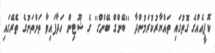
ކޮޕީއެއްގެ ގޮތުގައި ތައްޔާރުކުރަމުންދާ ''ބޭންގް ބޭންގް'' ގެ ޝޫޓިން ހަދާފައިވާ ތަންތަނުގެ ތެރޭގައި